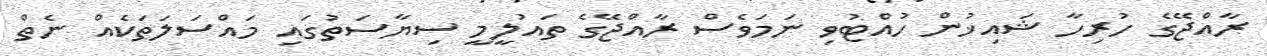
ރާއްޖޭގެ ހުރިހާ ޝައިޚުން ހުއްޓުވި ނަމަވެސް ރާއްޖޭގެ ތައުލީމީ ސިޔާސަތުގައި މައްސަލަތަކެއް ނެތް